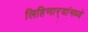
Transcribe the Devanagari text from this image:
लिहिणार्‍यांमध्ये